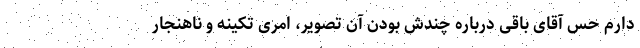
دارم حس آقای باقی درباره‌ چندش بودن آن تصویر، امری تکینه و ناهنجار